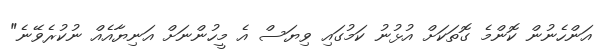
އަންހެނުން ކޮންމެ ގޮތަކަށް އުޅުނު ކަމުގައި ވިޔަސް އެ މީހުންނަށް އަނިޔާއެއް ނުކުރެވޭނެ"